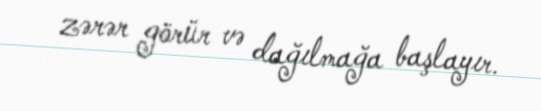
zərər görür və dağılmağa başlayır.